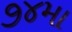
૭૪મા